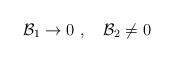
LaTeX: \begin{align*}{\cal B}_1 \rightarrow 0 \ ,\quad {\cal B}_2 \neq 0\end{align*}